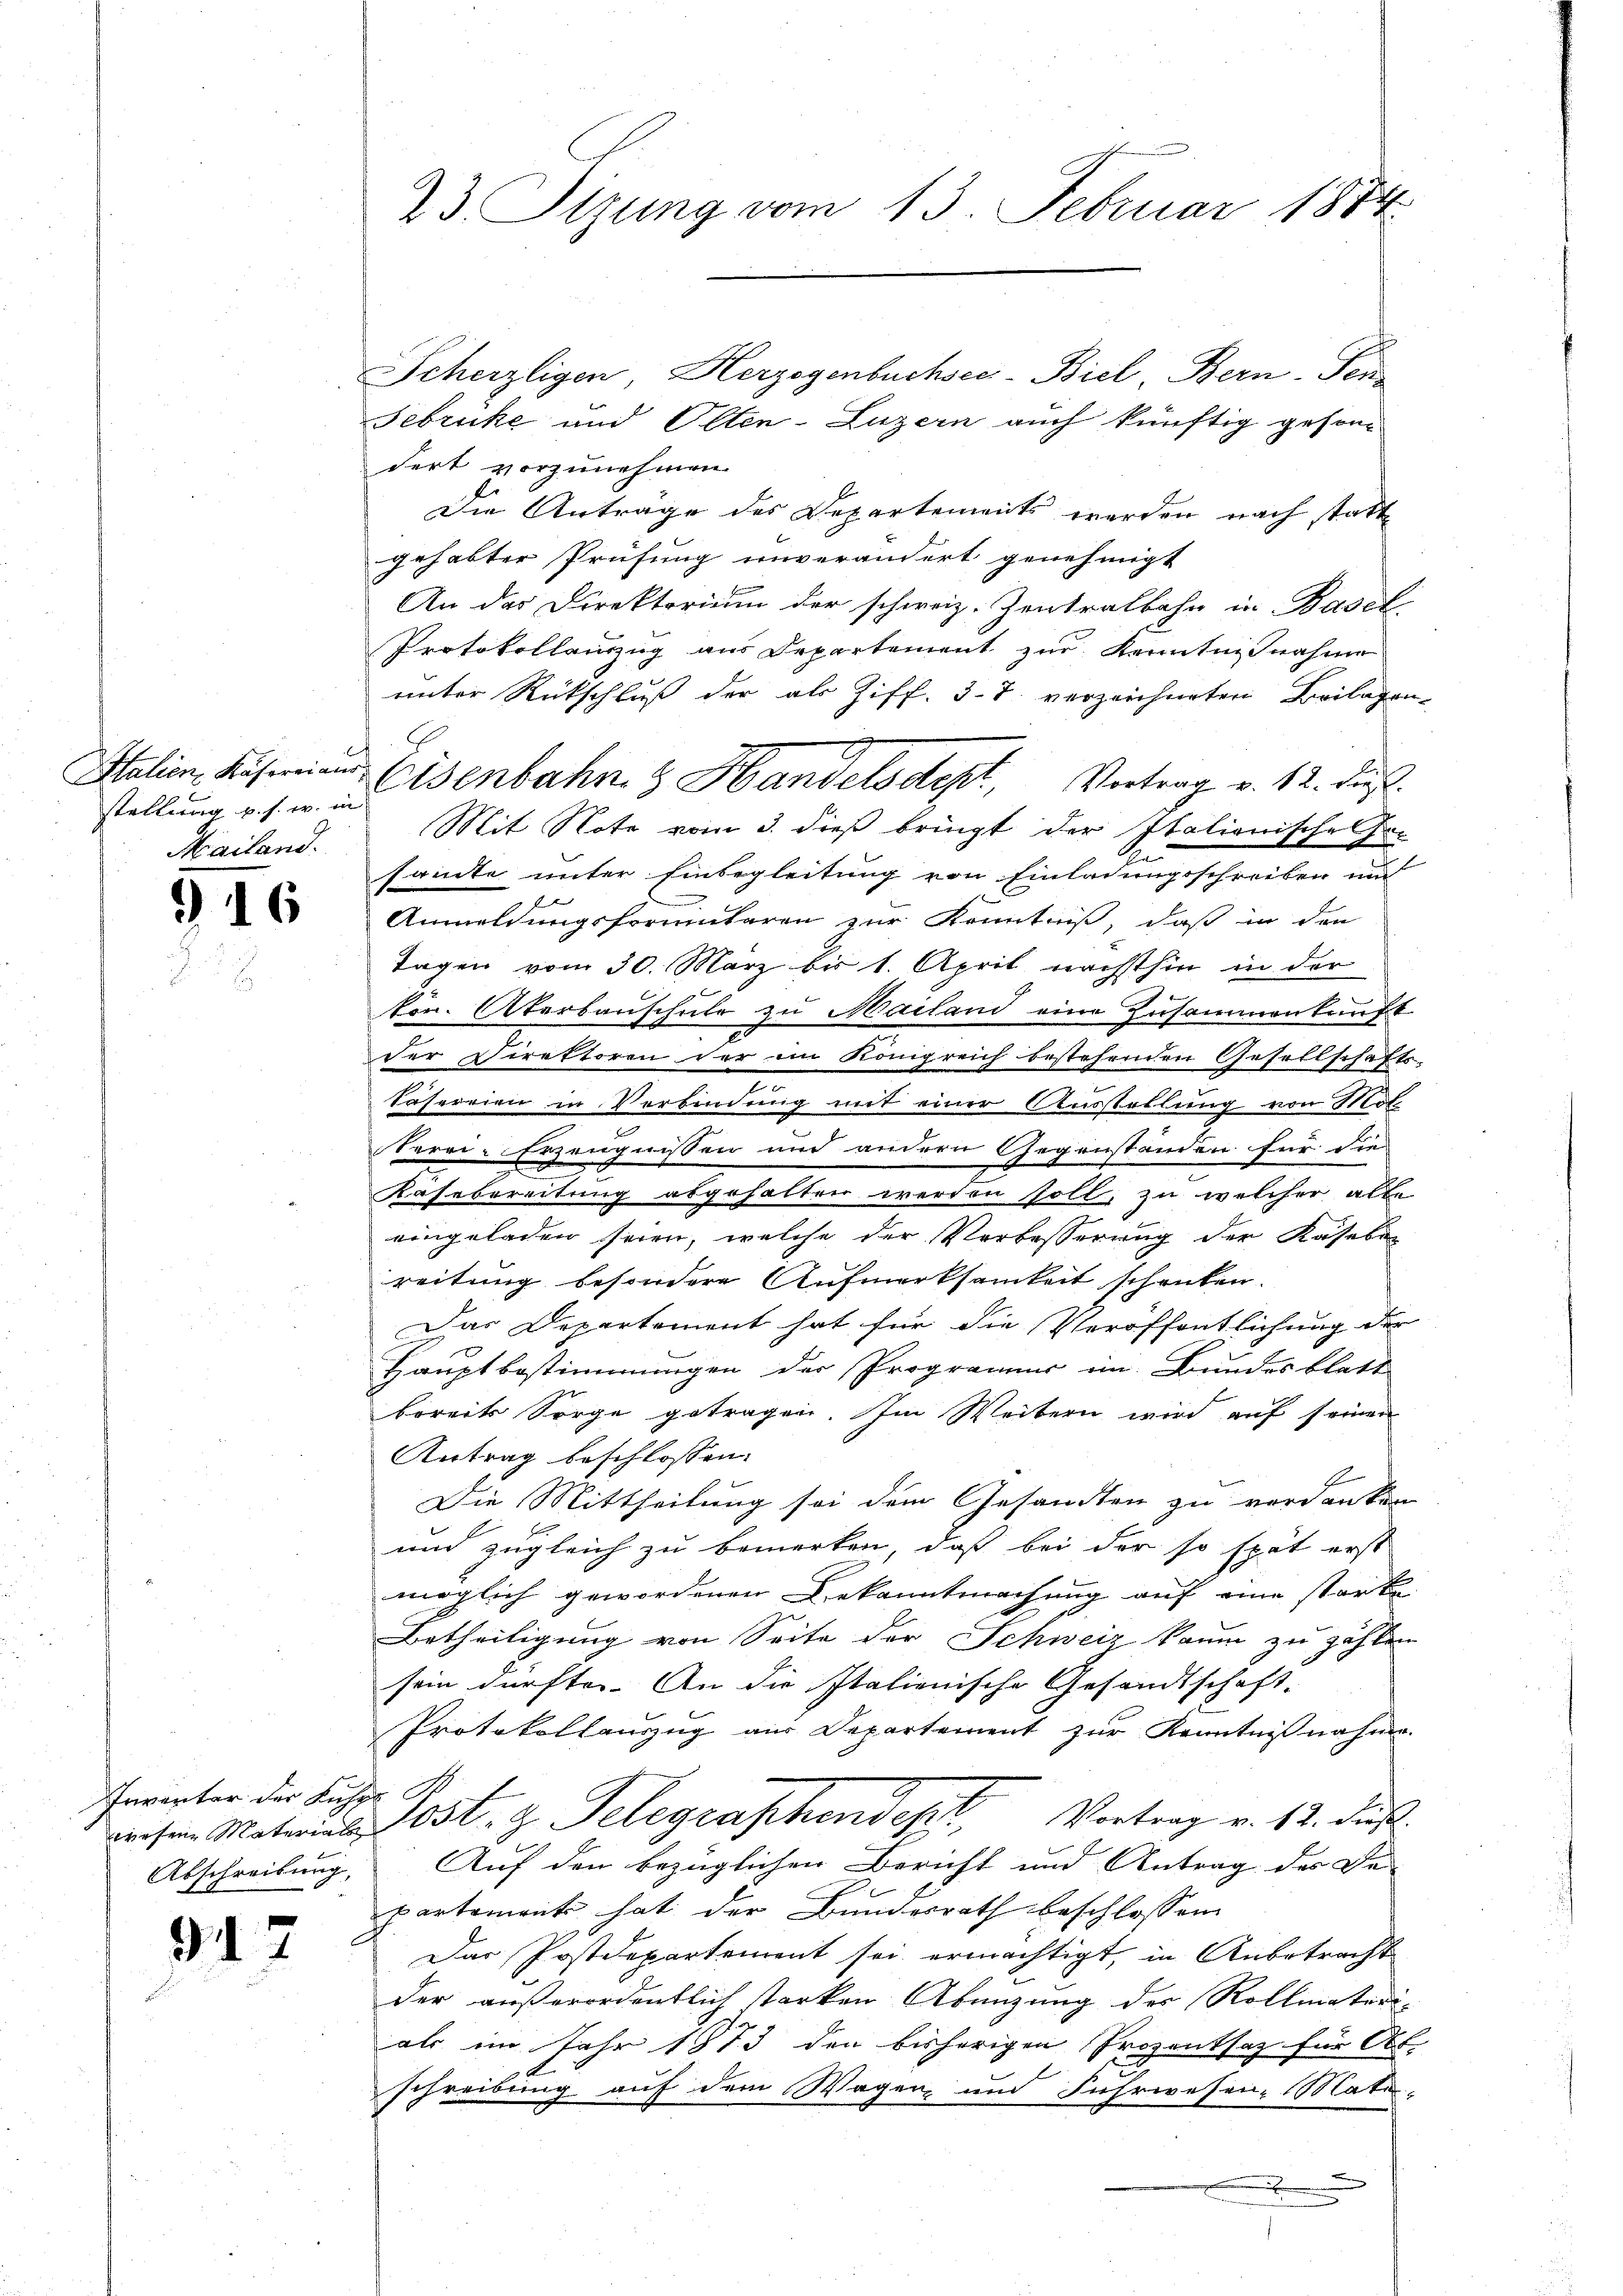
stellung u. s. w. in
Mailand.

916

Inventer der Kuche S
Abschreibung,

917

23. Sizung vom 13. Februar 1884

Scherzligen, Herzogenbuchsee-Biel, Bern-Pen
Februcke und Olten-Luzern auch künftig gesondert vorzunehmen.
Die Anträge des Departements werden nach statt
gehabter Prüfung unverändert genehmigt
An das Direktorium der schweiz. Zentralbahn in Basel-
Protokollenzug aus Departement zur Kenntnisnahme
unter Rückschluß der als Ziff. 37. verzeichneten Beilagen
Mit Note vom 3. dieß bringt der Italienische Fre
frinte unter Einbegleitung von Einladungsschrieben und
Anmeldungsformitaren zur Kenntniß, daß in den
Tagen vom 30. März bis 1. April nächsthin in der
kon. Sterbauschule zu Mailand eine Zusammenkunft
E
der Direktoren der im Königreich bestehenden Gesellschafts-
.
Säferrien in Verbindung mit einer Ausstellung von Mol
terei-Erzeugnissen und andern Gegenständen für die
Käsebereitung abgehalten werden soll, zu welcher alle
eingeladen seien, welche der Verbesserung der Käsebec
reitung besondere Aufmerksamkeit schenken.
Das Departement hat für die Veröffentlichung der
Hauptbestimmungen der Programer im Bundesblatt
bereits Sorge getragen. Im Weitern wird auf seinen
Antrag beschlossen:
Die Mittheilung sei dem Gesandten zu verdanken
und zugleich zu bemerken, daß bei der so spät erst
möglich gewordenen Bekanntmachung auf eine starke
Betheiligung von Seite der Schweiz kaum zu zahlen
sein dürfte. An die Italienische Gesandtschaft-
Protokollauszug aus Departement zur Kenntnisnahme.
wesen Materials Lost, z. Telegraphendept, Vortrag v. 12. Fuß.
Auf den bezüglichen Bericht und Antrag des De-
partement hat der Bundesrath beschlossen:
Das Postdepartement sei ermächtigt, in Anbetracht
der außerordentlich starken Abenzung des Rollmateri-
als im Jahr 1873 den bisherigen Prozentsaz für Ab-
schreibung auf dem Wagen, und Fuhrwesen-Mate-

.

Italien, Käseien Eisenbahng Handelsdept, Vertrag v. 12. dieß.